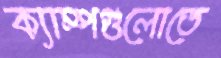
ক্যাম্পগুলোতে